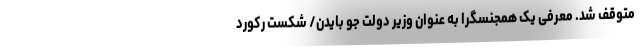
متوقف شد. معرفی یک همجنسگرا به عنوان وزیر دولت جو بایدن/ شکست رکورد